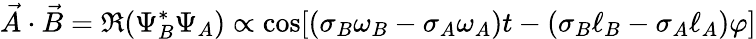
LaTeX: \vec{A}\cdot\vec{B}=\Re(\Psi_{B}^{*}\Psi_{A})\propto\cos[(\sigma_{B}\omega_{B}-\sigma_{A}\omega_{A})t-(\sigma_{B}\ell_{B}-\sigma_{A}\ell_{A})\varphi]